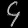
Digit: ၄